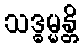
သဒ္ဓမ္မန္တိ